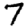
Digit: 7